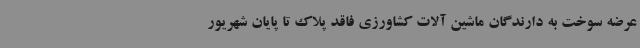
عرضه سوخت به دارندگان ماشین آلات کشاورزی فاقد پلاک تا پایان شهریور